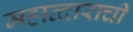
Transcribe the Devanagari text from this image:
महाव्दाराची